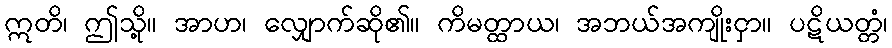
ဣတိ၊ ဤသို့။ အာဟ၊ လျှောက်ဆို၏။ ကိမတ္ထာယ၊ အဘယ်အကျိုးငှာ။ ပဋိယတ္တံ၊